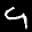
Label: 4